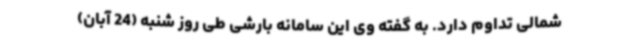
شمالی تداوم دارد. به گفته وی این سامانه بارشی طی روز شنبه (24 آبان)